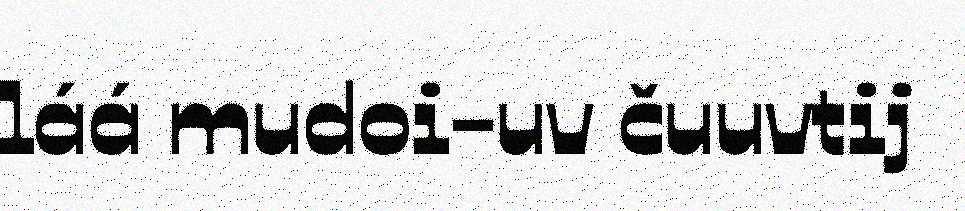
láá mudoi-uv čuuvtij